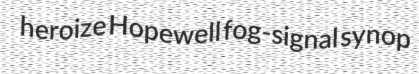
heroize Hopewell fog-signal synop